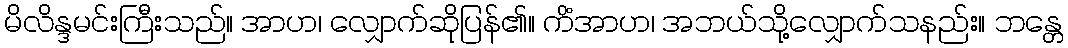
မိလိန္ဒမင်းကြီးသည်။ အာဟ၊ လျှောက်ဆိုပြန်၏။ ကိံအာဟ၊ အဘယ်သို့လျှောက်သနည်း။ ဘန္တေ